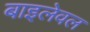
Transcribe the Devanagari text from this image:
बाइलेवल